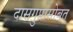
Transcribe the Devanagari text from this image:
दासगुप्तासोबत